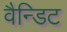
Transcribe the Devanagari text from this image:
वैन्डिट